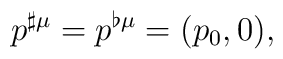
p^{\sharp \mu }=p^{\flat \mu }=(p_0,0),